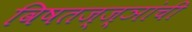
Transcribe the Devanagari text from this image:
विषतज्‍ज्ञांची